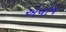
એવોજ